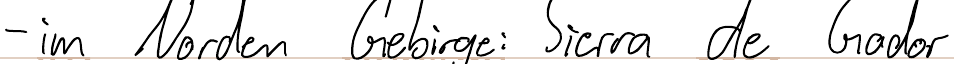
- im Norden Gebirge: Sierra de Gador